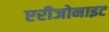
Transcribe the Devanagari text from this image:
एरीजोनाइट